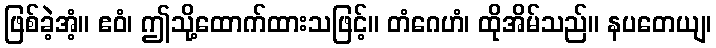
ဖြစ်ခဲ့အံ့။ ဧဝံ၊ ဤသို့ထောက်ထားသဖြင့်။ တံဂေဟံ၊ ထိုအိမ်သည်။ နပတေယျ၊